画像に写った文字を読んでください
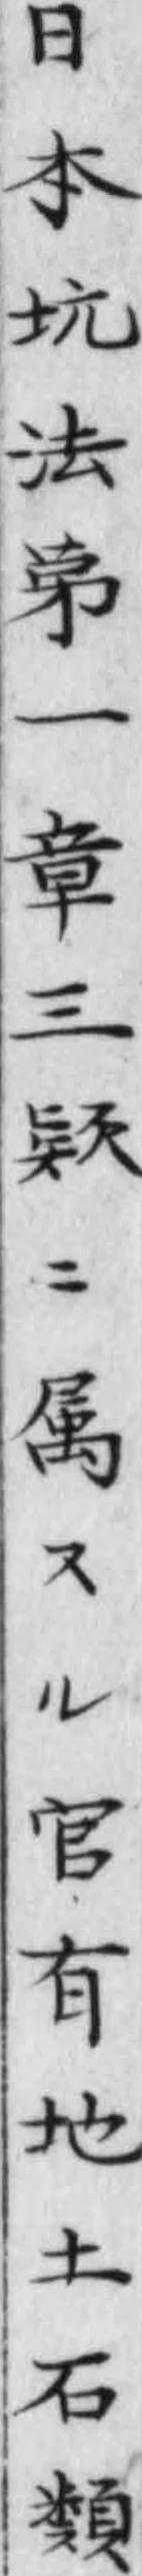
「日本坑法第一章三欵ニ属スル官有地土石類」と書いてあります